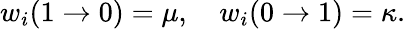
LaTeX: \begin{array}{r}{w_{i}(1\to 0)=\mu,\quad w_{i}(0\to 1)=\kappa.}\end{array}